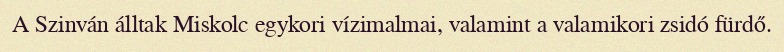
A Szinván álltak Miskolc egykori vízimalmai, valamint a valamikori zsidó fürdő.